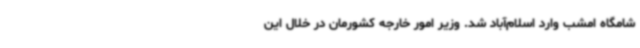
شامگاه امشب وارد اسلام‌آباد شد. وزیر امور خارجه کشورمان در خلال این